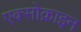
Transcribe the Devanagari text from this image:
एक्सोक्राइन